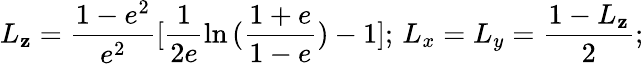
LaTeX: L_{\mathbf{z}}=\frac{{1-e^{2}}}{{e^{2}}}[\frac{{1}}{{2e}}\ln{(\frac{{1+e}}{{1-e}}})-1];\, L_{x}=L_{y}=\frac{{1-L_{\mathbf{z}}}}{{2}};